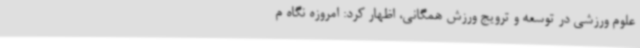
علوم ورزشی در توسعه و ترویج ورزش همگانی، اظهار کرد: امروزه نگاه م